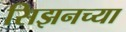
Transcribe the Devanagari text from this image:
सिझनच्या